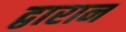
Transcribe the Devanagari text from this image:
द्वारान